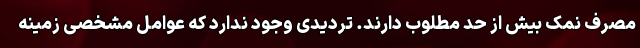
مصرف نمک بیش از حد مطلوب دارند. تردیدی وجود ندارد که عوامل مشخصی زمینه